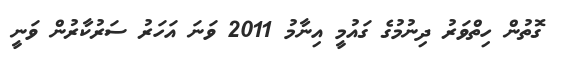
ގޮތުން ހިތްވަރު ދިނުމުގެ ގައުމީ އިނާމު 2011 ވަނަ އަހަރު ސަރުކާރުން ވަނީ